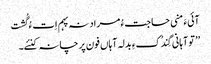
آئیءَ منی حاجت ءُ مراد نہ پہم اِت ءُ گُشت
’’ تو آہانی گِندُکءِ بدلہ آہاں فون پرچانہ کنئے۔